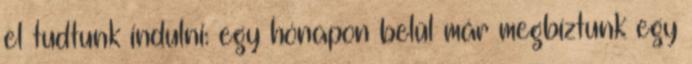
el tudtunk indulni: egy hónapon belül már megbíztunk egy